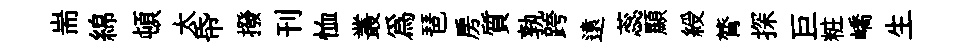
耑綿頓太帋撥刊恤叢為琶房質孰跨遠蕊顯綬膂探巨粧嶠生